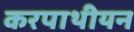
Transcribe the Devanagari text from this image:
करपाथीयन